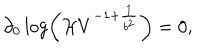
\partial _ { 0 } \log \left( { \cal H } V ^ { - 1 + { \frac { 1 } { b ^ { 2 } } } } \right) = 0 ,